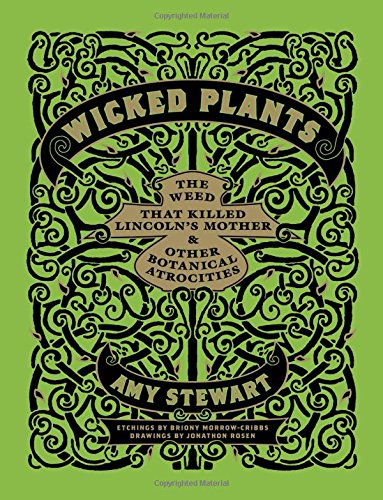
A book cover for Wicked Plants: The Weed That Killed Lincoln's Mother and Other Botanical Atrocities; Amy Stewart; Crafts, Hobbies & Home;